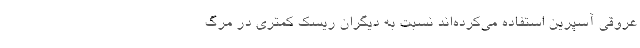
عروقی آسپرین استفاده می‌کرده‌اند نسبت به دیگران ریسک کمتری در مرگ